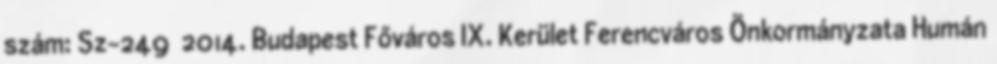
szám: Sz-249 2014. Budapest Főváros IX. Kerület Ferencváros Önkormányzata Humán